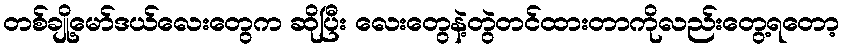
တစ်ချို့မော်ဒယ်လေးတွေက ဆိုပြီး လေးတွေနဲ့တွဲတင်ထားတာကိုလည်းတွေ့ရတော့